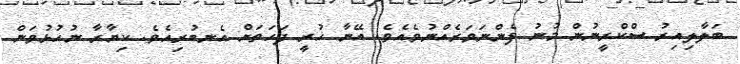
ބަލާލިއިރު ސްކްރީނުން މުނު ފެންނަވަރެއްނުވެއެވެ. އޭނާ ހުރީ ފަހަތަށް އެނބުރިއެވެ. ކިޔާރާ ނުހުޅުވަން